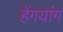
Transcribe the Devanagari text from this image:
हेंगयांग